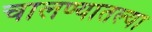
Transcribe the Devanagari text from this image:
चालण्यातल्या